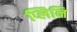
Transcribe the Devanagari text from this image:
प्लिनि